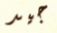
جيد